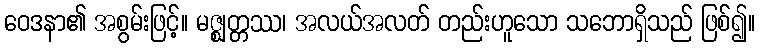
ဝေဒနာ၏ အစွမ်းဖြင့်။ မဇ္ဈတ္တဿ၊ အလယ်အလတ် တည်းဟူသော သဘောရှိသည် ဖြစ်၍။